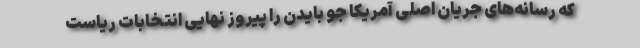
که رسانه‌های جریان اصلی آمریکا جو بایدن را پیروز نهایی انتخابات ریاست